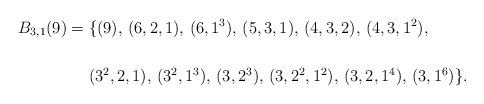
LaTeX: \begin{align*}B_{3,1}(9) &=\{ (9),\, (6,2,1),\, (6,1^3),\, (5,3,1),\, (4,3,2),\, (4,3,1^2),\, \\& \\&\quad\ (3^2,2,1),\, (3^2,1^3),\, (3,2^3),\, (3,2^2,1^2),\, (3,2,1^4),\, (3,1^6)\}.\end{align*}